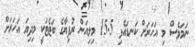
ނަމަވެސް މި އަހަރަށް ކަނޑައެޅި 15.5 މިލިއަން ރުފިޔާގެ ބަޖެޓަކީ މިދިޔަ އަހަރަށް